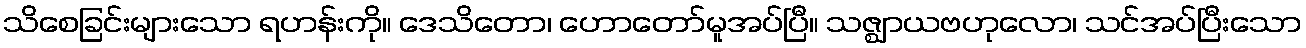
သိစေခြင်းများသော ရဟန်းကို။ ဒေသိတော၊ ဟောတော်မူအပ်ပြီ။ သဇ္ဈာယဗဟုလော၊ သင်အပ်ပြီးသော